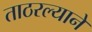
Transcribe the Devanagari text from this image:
ताठरल्याने